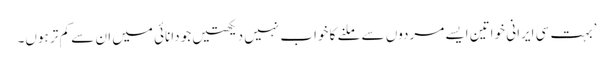
’بہت سی ایرانی خواتین ایسے مردوں سے ملنے کا خواب نہیں دیکھتیں جو دانائی میں ان سے کم تر ہوں۔